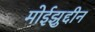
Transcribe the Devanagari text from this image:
मोईझुद्दीन